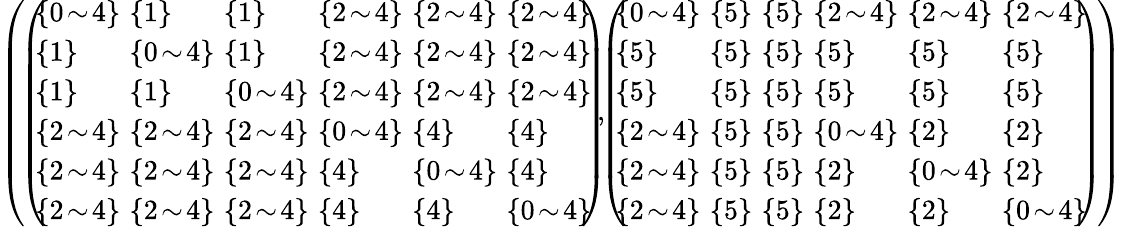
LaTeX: \begin{array}{r}{\left(\! \left(\begin{array}{llllll}{\! \! \{ 0\! \sim\! 4\} \! \! }&{\! \! \{ 1\} \! \! }&{\! \! \{ 1\} \! \! }&{\! \! \{ 2\! \sim\! 4\} \! \! }&{\! \! \{ 2\! \sim\! 4\} \! \! }&{\! \! \{ 2\! \sim\! 4\} \! \! }\\ {\! \! \{ 1\} \! \! }&{\! \! \{ 0\! \sim\! 4\} \! \! }&{\! \! \{ 1\} \! \! }&{\! \! \{ 2\! \sim\! 4\} \! \! }&{\! \! \{ 2\! \sim\! 4\} \! \! }&{\! \! \{ 2\! \sim\! 4\} \! \! }\\ {\! \! \{ 1\} \! \! }&{\! \! \{ 1\} \! \! }&{\! \! \{ 0\! \sim\! 4\} \! \! }&{\! \! \{ 2\! \sim\! 4\} \! \! }&{\! \! \{ 2\! \sim\! 4\} \! \! }&{\! \! \{ 2\! \sim\! 4\} \! \! }\\ {\! \! \{ 2\! \sim\! 4\} \! \! }&{\! \! \{ 2\! \sim\! 4\} \! \! }&{\! \! \{ 2\! \sim\! 4\} \! \! }&{\! \! \{ 0\! \sim\! 4\} \! \! }&{\! \! \{ 4\} \! \! }&{\! \! \{ 4\} \! \! }\\ {\! \! \{ 2\! \sim\! 4\} \! \! }&{\! \! \{ 2\! \sim\! 4\} \! \! }&{\! \! \{ 2\! \sim\! 4\} \! \! }&{\! \! \{ 4\} \! \! }&{\! \! \{ 0\! \sim\! 4\} \! \! }&{\! \! \{ 4\} \! \! }\\ {\! \! \{ 2\! \sim\! 4\} \! \! }&{\! \! \{ 2\! \sim\! 4\} \! \! }&{\! \! \{ 2\! \sim\! 4\} \! \! }&{\! \! \{ 4\} \! \! }&{\! \! \{ 4\} \! \! }&{\! \! \{ 0\! \sim\! 4\} \! \! }\end{array}\right)\! \! ,\! \! \left(\begin{array}{llllll}{\! \! \{ 0\! \sim\! 4\} \! \! }&{\! \! \{ 5\} \! \! }&{\! \! \{ 5\} \! \! }&{\! \! \{ 2\! \sim\! 4\} \! \! }&{\! \! \{ 2\! \sim\! 4\} \! \! }&{\! \! \{ 2\! \sim\! 4\} \! \! }\\ {\! \! \{ 5\} \! \! }&{\! \! \{ 5\} \! \! }&{\! \! \{ 5\} \! \! }&{\! \! \{ 5\} \! \! }&{\! \! \{ 5\} \! \! }&{\! \! \{ 5\} \! \! }\\ {\! \! \{ 5\} \! \! }&{\! \! \{ 5\} \! \! }&{\! \! \{ 5\} \! \! }&{\! \! \{ 5\} \! \! }&{\! \! \{ 5\} \! \! }&{\! \! \{ 5\} \! \! }\\ {\! \! \{ 2\! \sim\! 4\} \! \! }&{\! \! \{ 5\} \! \! }&{\! \! \{ 5\} \! \! }&{\! \! \{ 0\! \sim\! 4\} \! \! }&{\! \! \{ 2\} \! \! }&{\! \! \{ 2\} \! \! }\\ {\! \! \{ 2\! \sim\! 4\} \! \! }&{\! \! \{ 5\} \! \! }&{\! \! \{ 5\} \! \! }&{\! \! \{ 2\} \! \! }&{\! \! \{ 0\! \sim\! 4\} \! \! }&{\! \! \{ 2\} \! \! }\\ {\! \! \{ 2\! \sim\! 4\} \! \! }&{\! \! \{ 5\} \! \! }&{\! \! \{ 5\} \! \! }&{\! \! \{ 2\} \! \! }&{\! \! \{ 2\} \! \! }&{\! \! \{ 0\! \sim\! 4\} \! \! }\end{array}\right)\! \right)}\end{array}